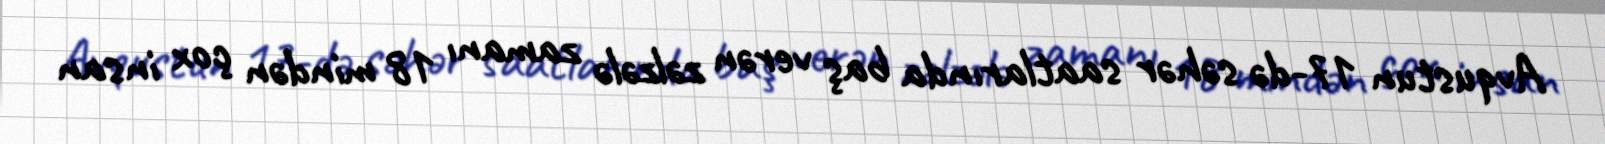
Avqustun 17-də səhər saatlarında baş verən zəlzələ zamanı 18 mindən çox insan